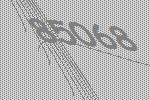
85068